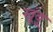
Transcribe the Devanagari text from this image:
खूंबू